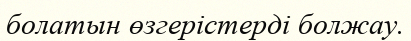
болатын өзгерістерді болжау.